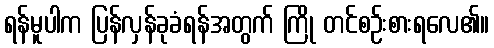
ရန်မူပါက ပြန်လှန်ခုခံရန်အတွက် ကြို တင်စဉ်းစားရလေ၏။